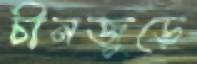
চীনজুড়ে